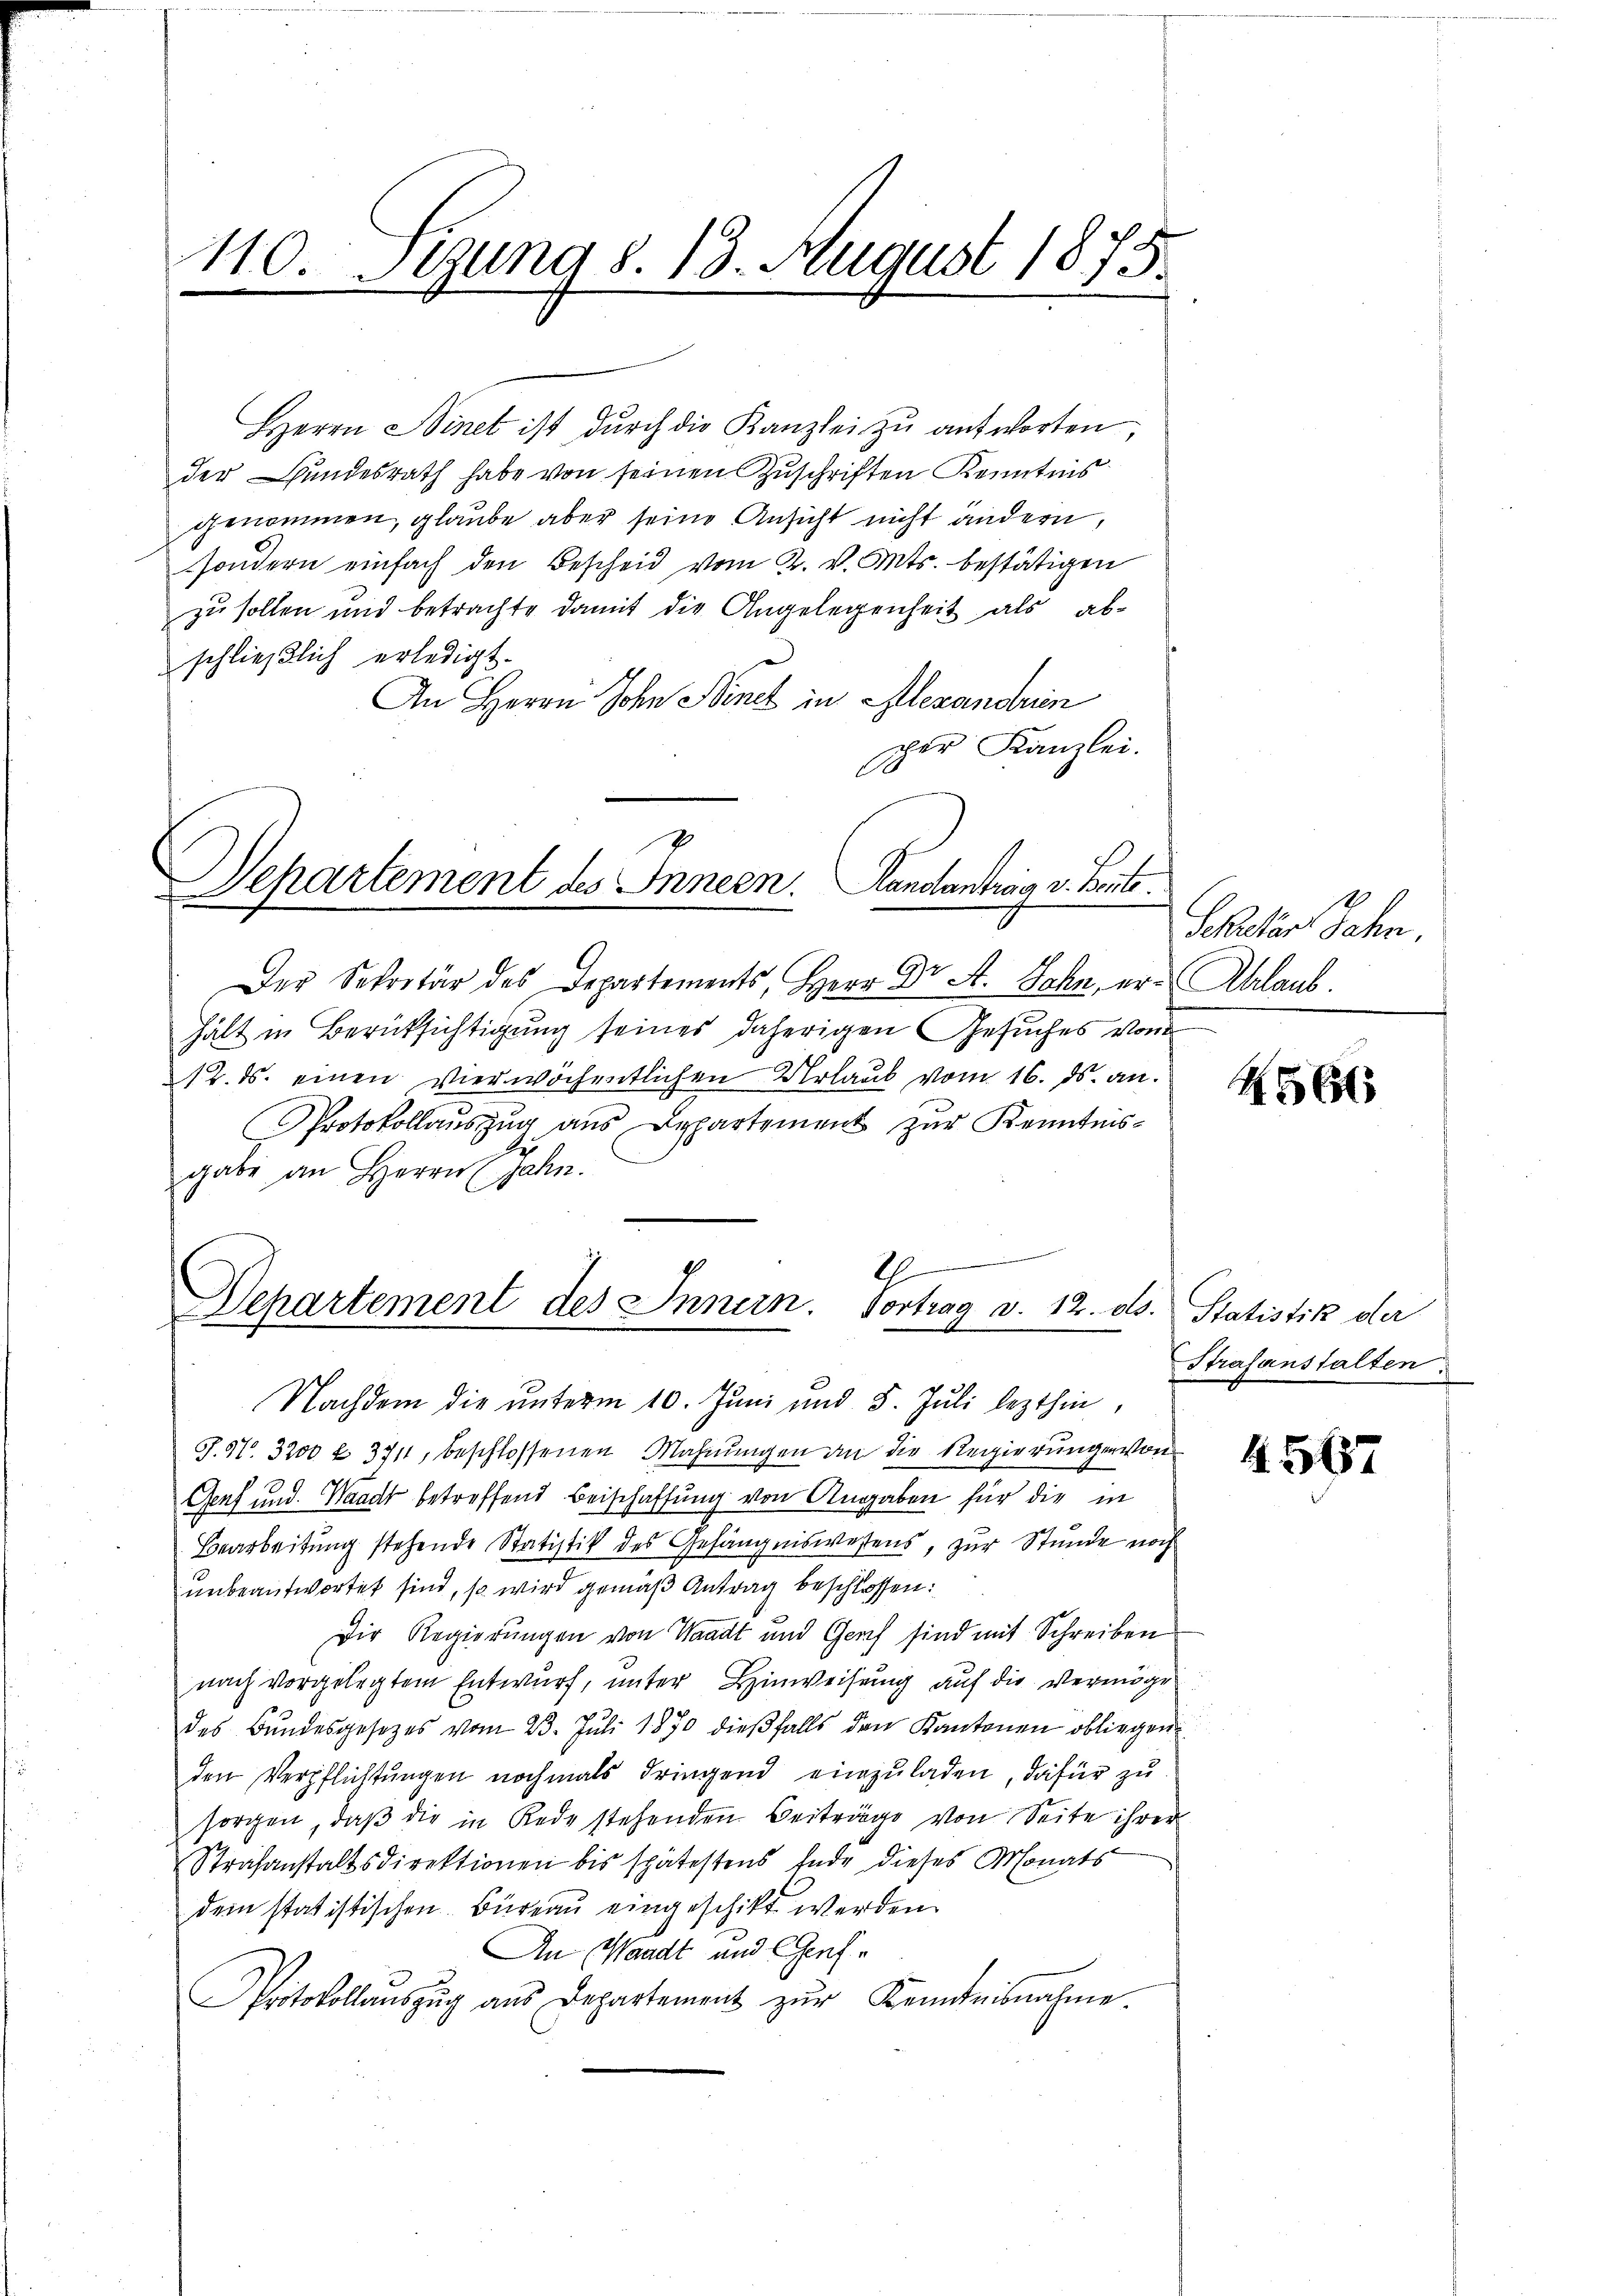
110. Sezung d. 13. August 1875.

Kandantrag v. Pauli

Der Sekretär des Departements, Herr Dr A. Sohn, er Ablaub.
hält in Berücksichtigung seines daherigen Gesuches von
12. ds. einen vierwöchentlichen Urlaub vom 16. ds. an.
Protokollauszug aus Departement zur Kenntnis-
gabe an Herrn Jahn

Herrn Sinet ist dŭrch die Kanzlei zŭ antworten,
der Bundesrath habe von seinen Zuschriften Kenntnis
genommen, glaube aber seine Ansicht nicht ändern,
sondern einfach den Bescheid vom 2. v. Mts. bestätigen
zu sollen und betrachte damit die Angelegenheit als abschließlich erledigt.
An Herrn John Minet in Alexandrin
per Kanzlei.
Separtement des Innern.

28
Departement des Innern. Vortrag d. 12. ds. Statistik der

Genf und Waadt betreffend Beischaffung von Angaben für die in
Bearbeitung stehende Statistik des Gefängniswesens, zur Stunde noch
unbeantwortet sind, so wird gemäß Antrag beschlossen:
Der Regierungen von Waadt und Gerich sind mit Schreiben
nach vorgelegtem Entwurf, unter Hinweisung auf die Vermöge
des Bŭndesgesetzes vom 23. Juli 1870 dieβfalls den Kantonen obliegen
den Verpflichtŭngen nochmals dringend einzŭladen, dafür zu
sorgen, daß die in Rede stehenden Beiträge von Seite ihrer
Strafanstaltsdirektionen bis spätestens Ende dieses Monats-
dem statistischen Bureau eingeschikt werden.
An Waadt und Genfe
Protokollaŭszŭg aŭs Departement zŭr Kenntnisnahme.

Nachdem die unterm 10. Juni und 5. Juli lezthin,
J.97. 3200 f. 3711, beschlossenen Mahnŭngen an die Regierungen von

Schator Sohn.

N564

Strafanstalten:

4567